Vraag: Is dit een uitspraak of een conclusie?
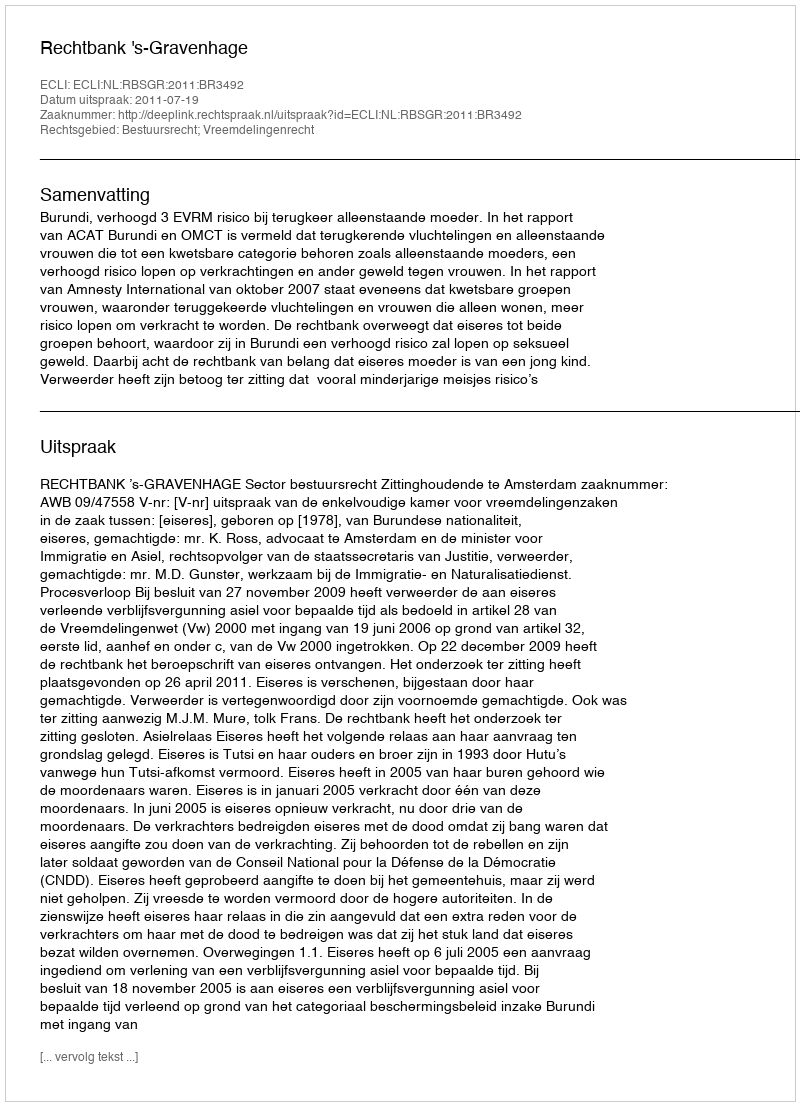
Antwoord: Uitspraak